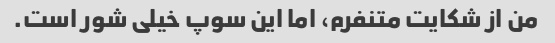
من از شکایت متنفرم، اما این سوپ خیلی شور است.